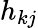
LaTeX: h_{kj}